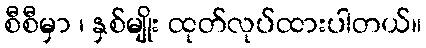
စီစီမှာ ၊ နှစ်မျိုး ထုတ်လုပ်ထားပါတယ်။